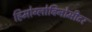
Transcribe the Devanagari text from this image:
हिमोग्लोबिनोमीटर